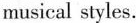
musical styles.